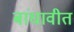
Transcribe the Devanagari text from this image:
बांधावीत